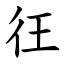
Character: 彺